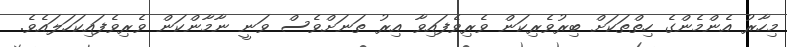
މިހާރު އެންމެންގެ ހިތްތަކަށް ބިރުވެރިކަން ވެރިވެފައިވާ އިރު ތަނަށްވެސް ވަނީ ނާމާންކަން ވެރިވެފައިކަހަލައެވެ.